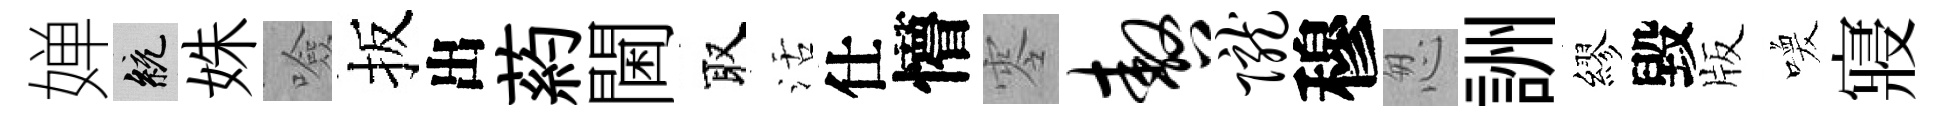
婵統姝噞扳出葯閫取活仕懵零嗷陇穆怱詶繆毀版喚寢